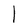
Character: l